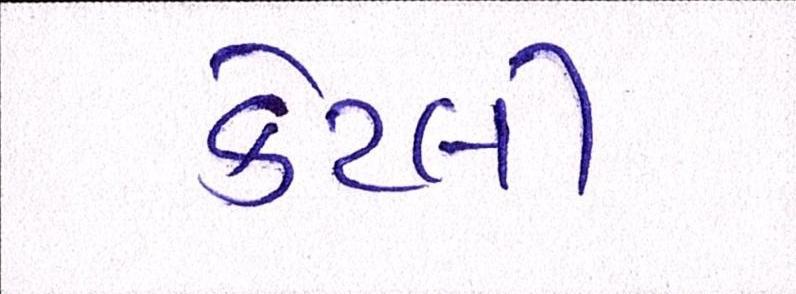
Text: કેટલી